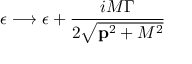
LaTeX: \epsilon \longrightarrow \epsilon + \frac { i M \Gamma } { 2 \sqrt { { \bf p } ^ { 2 } + M ^ { 2 } } }